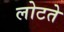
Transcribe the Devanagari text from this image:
लोटते